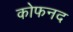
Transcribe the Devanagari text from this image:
कोफनद